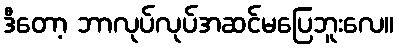
ဒီတော့ ဘာလုပ်လုပ်အဆင်မပြေဘူးလေ။